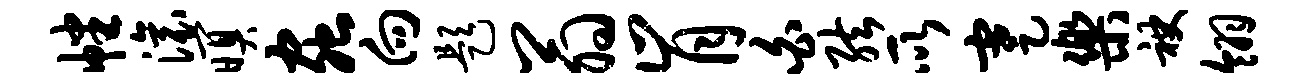
幡滚暝虫向题翁肯白弦所蹇乐袂翎